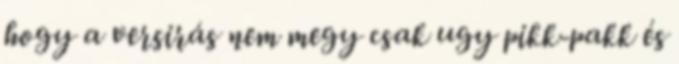
hogy a versirás nem megy csak ugy pikk-pakk és